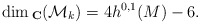
\begin{align*}\dim {}_{{\bf C}}({\cal M}_k)=4h^{0,1}(M)-6.\end{align*}